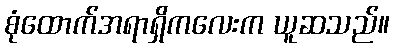
စုံထောက်အရာရှိကလေးက ယူဆသည်။